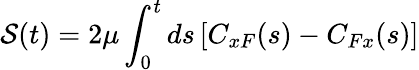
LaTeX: {\cal S}(t)=2\mu\int_{0}^{t}ds\left[C_{xF}(s)-C_{Fx}(s)\right]